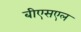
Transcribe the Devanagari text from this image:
बीएसएल